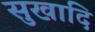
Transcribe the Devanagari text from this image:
सुखादि